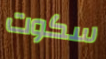
سكوت